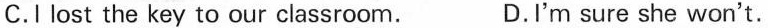
C.I lost the key to our classroom. D.I'm sure she won't.